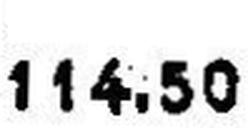
114.50